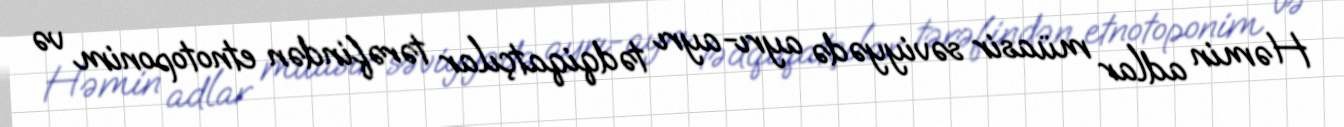
Həmin adlar müasir səviyyədə ayrı-ayrı tədqiqatçılar tərəfindən etnotoponim və